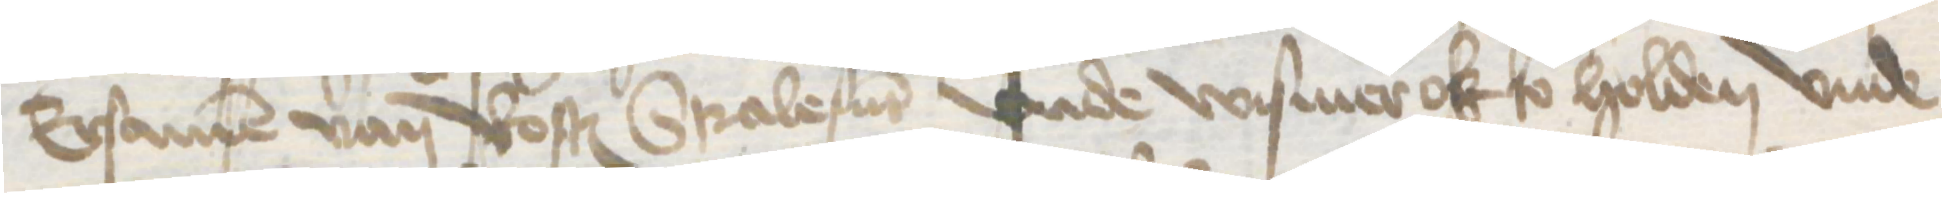
Ersamen van Rostock Stralesunt vnde Wismer ok so holden vnde